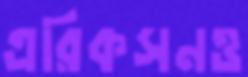
এরিকসনও